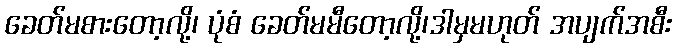
ခေတ်မစားတော့လို့၊ ပုံစံ ခေတ်မမီတော့လို့၊ဒါမှမဟုတ် အပျက်အစီး